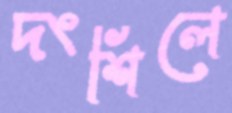
দংশিলে